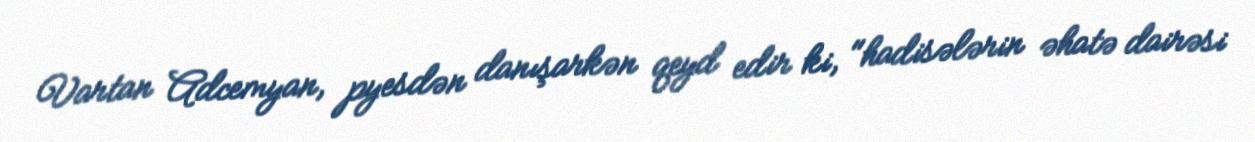
Vartan Adcemyan, pyesdən danışarkən qeyd edir ki, "hadisələrin əhatə dairəsi